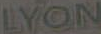
LYON